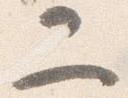
二